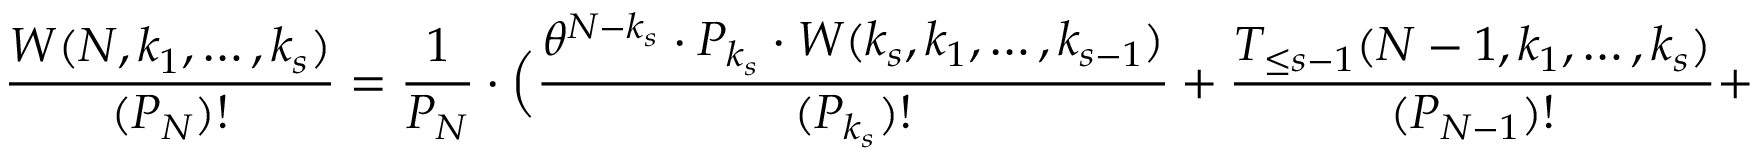
\frac { W ( N , k _ { 1 } , \ldots , k _ { s } ) } { ( P _ { N } ) ! } = \frac { 1 } { P _ { N } } \cdot \Big ( \frac { \theta ^ { N - k _ { s } } \cdot P _ { k _ { s } } \cdot W ( k _ { s } , k _ { 1 } , \ldots , k _ { s - 1 } ) } { ( P _ { k _ { s } } ) ! } + \frac { T _ { \le s - 1 } ( N - 1 , k _ { 1 } , \ldots , k _ { s } ) } { ( P _ { N - 1 } ) ! } +